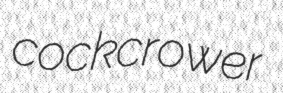
cockcrower